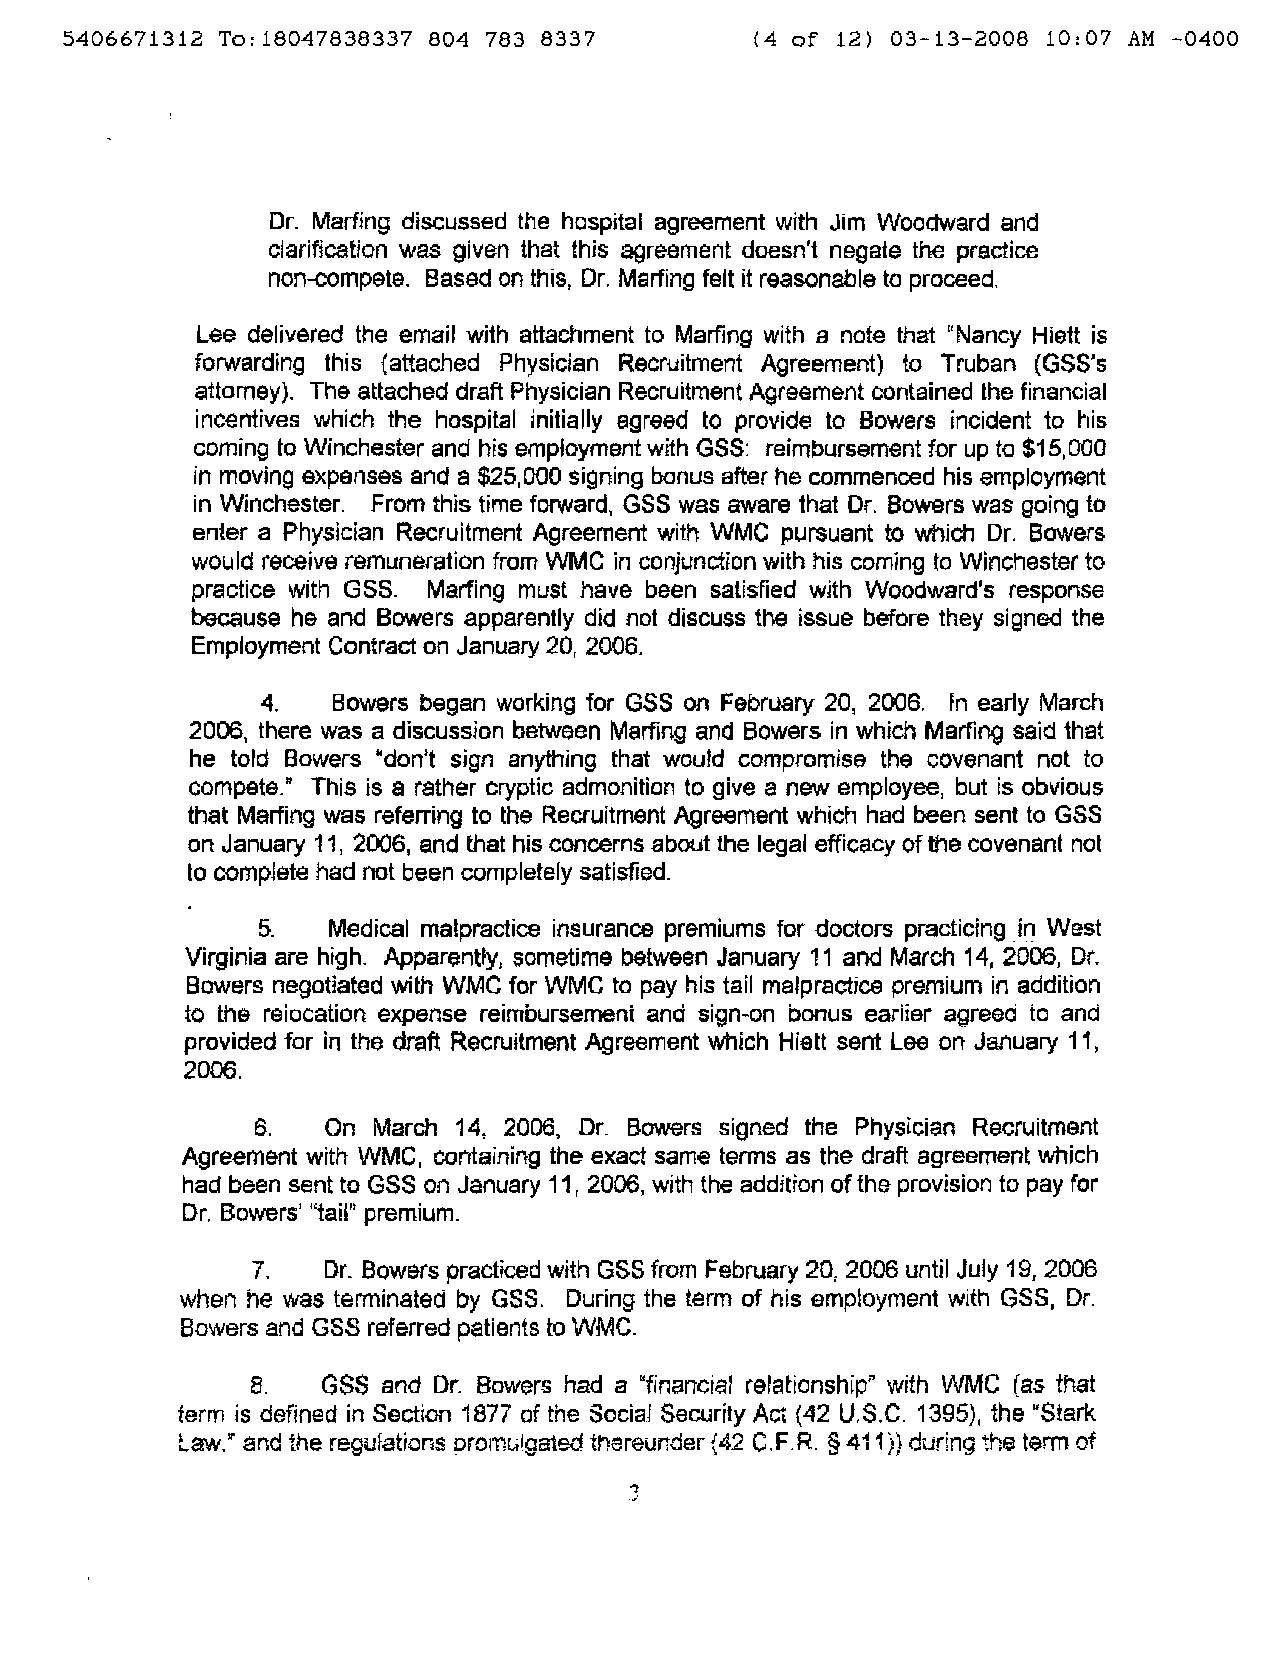
5406671312 To: 18047838337 804 783 8337       (4 of 12) 03-13-2008 10:07 AM -0400
 Dr. Marling discussed tne hospital agreement with Jim Woodward and
 clarification was given that this agreement doesn't negate the practice
 non-compete. Based on this, Dr. Marfing felt it reasonable to proceed.
 Lee delivered the email with attachment to Marting with a nate that "Nancy Hiett is
 forwarding this {attached Physician Recruitment Agreement) to Truban (GSS's
 attorney). The attached draft Physician Recruitment Agreement contained the financial
 incentives which the hospital initially agreed to provide to Bowers incident to his
 coming to Winchester and his employment with GSS: reimbursement for up to $15,000
 in moving expanses and a $25,000 signing bonus after he commenced his employment
 in Winchester. From this time forward. GSS was aware that Dr. Bowers was going to
 enter a Physician Recruitment Agreement with WMC pursuant to which Dr. Bowers
 wow Id receive remuneration from WMC in conjunction with his coming to Winchester to
 practice with GSS. Marring must have been satisfied with Woodward's response
 because he and Bowers apparently did not discuss the issue before they signed the
 Employment Contract on January 20, 2006.
 4.   Bowers began working for GSS on February 20, 2006. In early March
 2006, there was a discussion between Marting and Bowers in which Marring said that
 he told Bowers "don't sign anything that would compromise the covenant not to
 compete. This is a rather cryptic admonition to give a new employee, but is obvious
 n
 that Marfing was referring to the Recruitment Agreement which had been sent to GSS
 on January 11, 2006, and that his concerns about the legal efficacy of the covenant not
 10 complete had not been completely satisfied.
 5.   Medical malpractice insurance premiums for doctors practicing _ill West
 Virginia are high. Apparently, sometime between January 11 and March 14, 2006, Dr.
 Bowers negotiated with WMC for WMC to pay his tail malpractice premium in addition
 to the reiocation expense reimbursemeni and sign-on bonus earlier agreed to and
 provided for in the draft Recruitment Agreement which Hiatt sent Lee on January 11,
 2006.
 6.   On March 14, 2006, Dr. Bowers signed the Physician Recruitment
 Agreement with WMC, containing the exact same terms as the draft agreement which
 had been sent to GSS on January 11 2006, with the addition of the provision to pay for
 r
 Dr. Bowers' "tail" premium.
 7.  Dr. Bowers practiced with GSS from February 20, 2006 until July 19, 2006
 when he was terminated by GSS. During the term of his employment with GSS, Dr.
 Bowers and GSS referred patients to WMC.
 8.  GSS and Dr. Bowers had a "financial relationship" with WMC (as that
 term is defined in Section 1877 of the Social Security Act (42 U.S.C. 1395), the UStark
 l.aw." and the regufations orornL>lgated thereunder {42 C.F.R. § 411)} during the term of